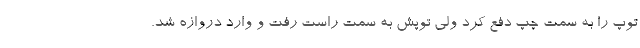
توپ را به سمت چپ دفع کرد ولی توپش به سمت راست رفت و وارد دروازه شد.